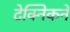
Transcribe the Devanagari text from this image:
टेक्निकने